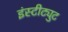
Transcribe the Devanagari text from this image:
इंस्‍टीट्युट